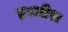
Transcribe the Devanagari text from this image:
हस्लीश